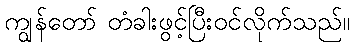
ကျွန်တော် တံခါးဖွင့်ပြီးဝင်လိုက်သည်။